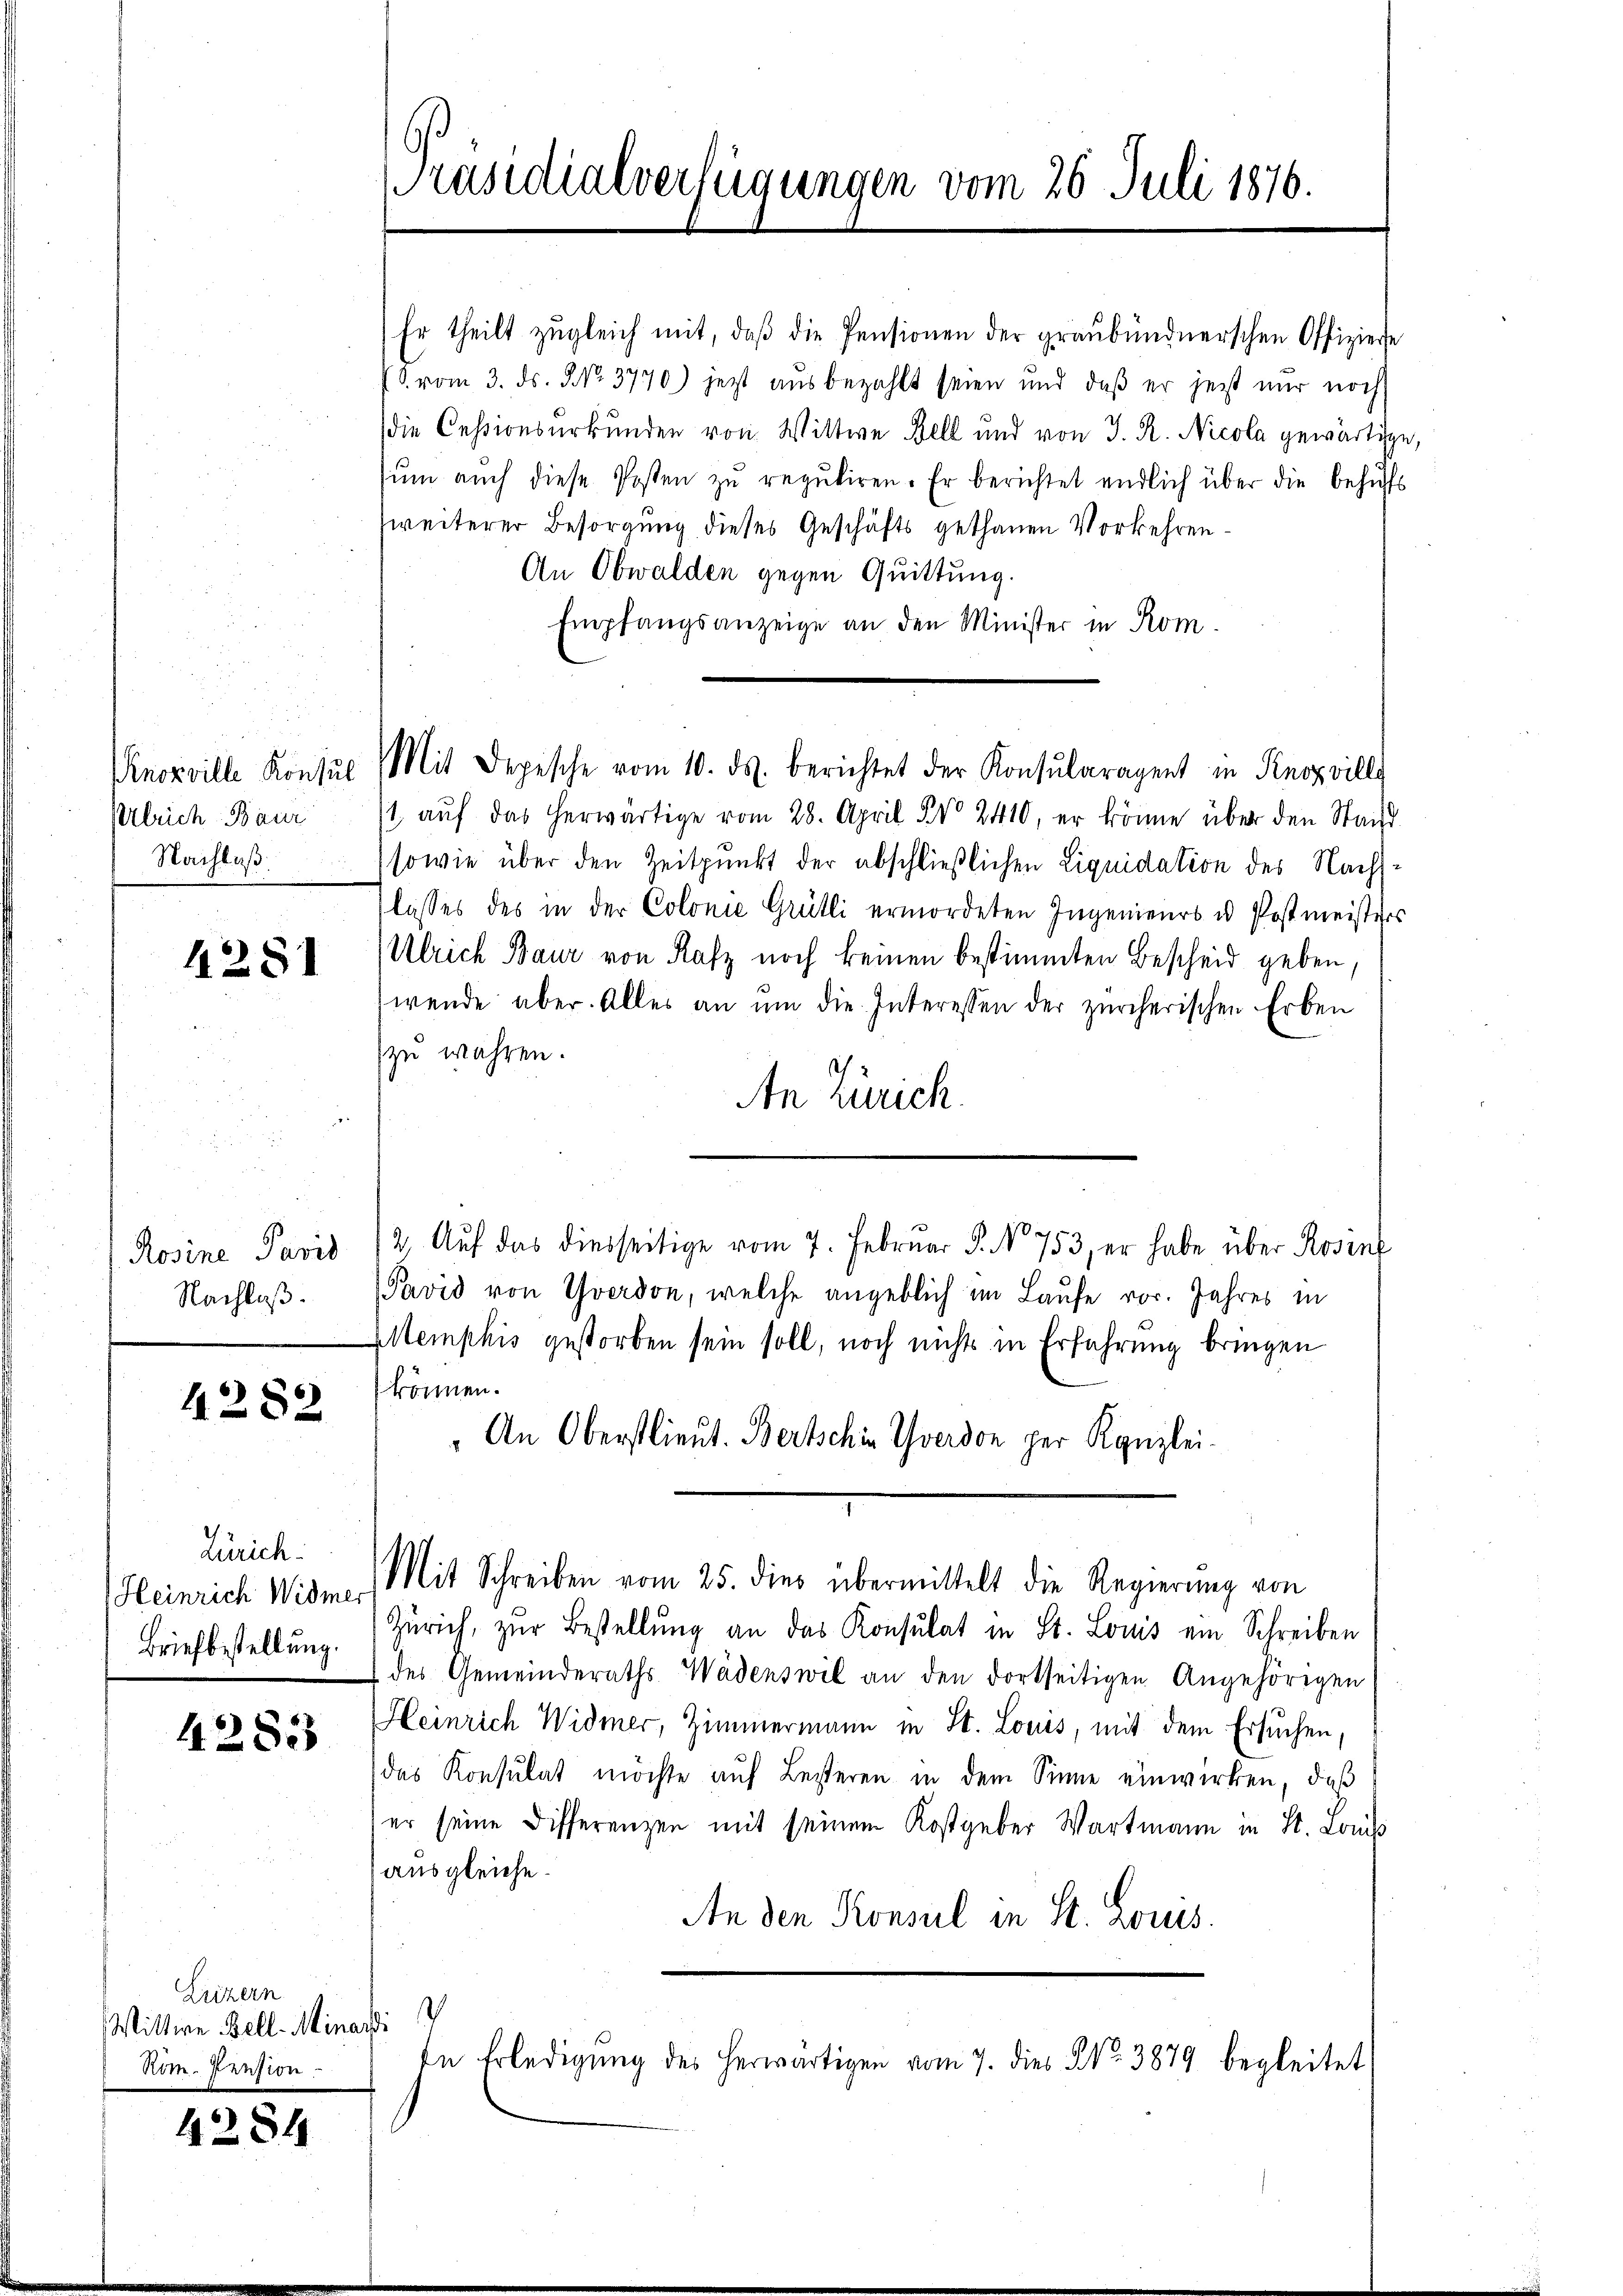
Ulrich Baur
Nachlaß

4281

Rosine Paris
Nachlaß.

4282

Zürich.
Heinrich Widmer
Briefbestellung.

42823

Luzern
Wittwe Bell. Minarsi
Nim. Pension

4284

Er theilt zugleich mit, daß die Pensionen der graubündnerschen Offiziere
E. vom 3. ds. NNo. 3770) jezt ausbezahlt seien und daß er jetzt nur noch
die Cessionsurkunden von Wittwe Bell und von J. R. Nicola gewärtige,
sŭm aŭch diese Posten zŭ reqŭkiren. Er berichtet endlich über die behŭfs
zweiterer Besorgung dieses Geschäfts gethanen Vorkehren¬
An Obwalden gegen Quittung.
Empfangsanzeige an den Minister in Kom
t aŭf das herwärtige vom 28. April No 2410, er könne über den Stand
sowie über den Zeitpunkt der abschließlichen Liquidation des Nachslasses des in der Colonie Grütli ermordeten Ingenieurs u. Postmeisters
Ulrich Baur von Rafz noch keinen bestimmten Bescheid geben.
wende über. Alles an ŭm die Interessen der zürcherischen Erben
zu wahren.
An Zürich.
Pavid von Yverdon, welche angeblich im Laufe vor. Jahres in
Memphis gestorben sein soll, noch nichts in Erfahrung bringen
können.
An Oberstlieut. Bertschin Yverdon per Kanzlei-
Mit Schreiben vom 25. dies übermittelt die Regierung von
Zürich, zur Bestellung an das Konsulat in St. Louis ein Schreiben
des Gemeinderaths Wädenswil an den dortseitigen Angehörigen
Heinrich Widmer, Zimmermann in St. Louis, mit dem Ersuchen,
das Konsulat möchte auf Besteren in dem Sinne einwirken, daß
er seine Differenzen mit seinem Kostgeber Wartmann in St. Louiss
ausgleiche.
An den Konsul in St. Locus.
In Erledigung des herwärtigen vom 7. dies No. 3879 begleitet

[Präsidialverfügungen vom 26. Juli 1876.

noritte Konsul Mit Depesche vom 10. ds. berichtet der Kontuleragent in Senoncill

2. Aŭf das diesseitige vom 7. Februar P. No 753, er habe über Rosent